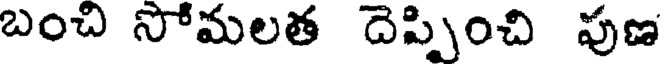
బంచి సోమలత దెప్పించి పుణ